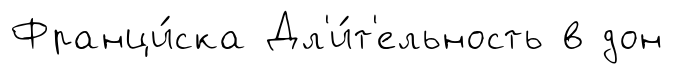
Франци́ска Дл'и́т'ельность в дон